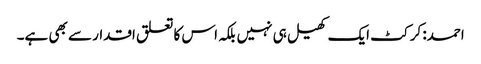
احمد: کرکٹ ایک کھیل ہی نہیں بلکہ اس کا تعلق اقدار سے بھی ہے۔